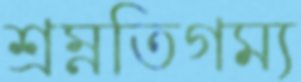
শ্রম্নতিগম্য